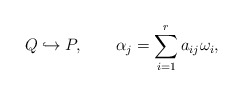
\begin{align*}Q \hookrightarrow P ,\qquad \alpha_j = \sum_{i=1}^r a_{ij} \omega_i ,\end{align*}